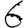
Digit: 6